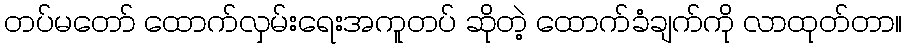
တပ်မတော် ထောက်လှမ်းရေးအကူတပ် ဆိုတဲ့ ထောက်ခံချက်ကို လာထုတ်တာ။